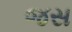
જસ